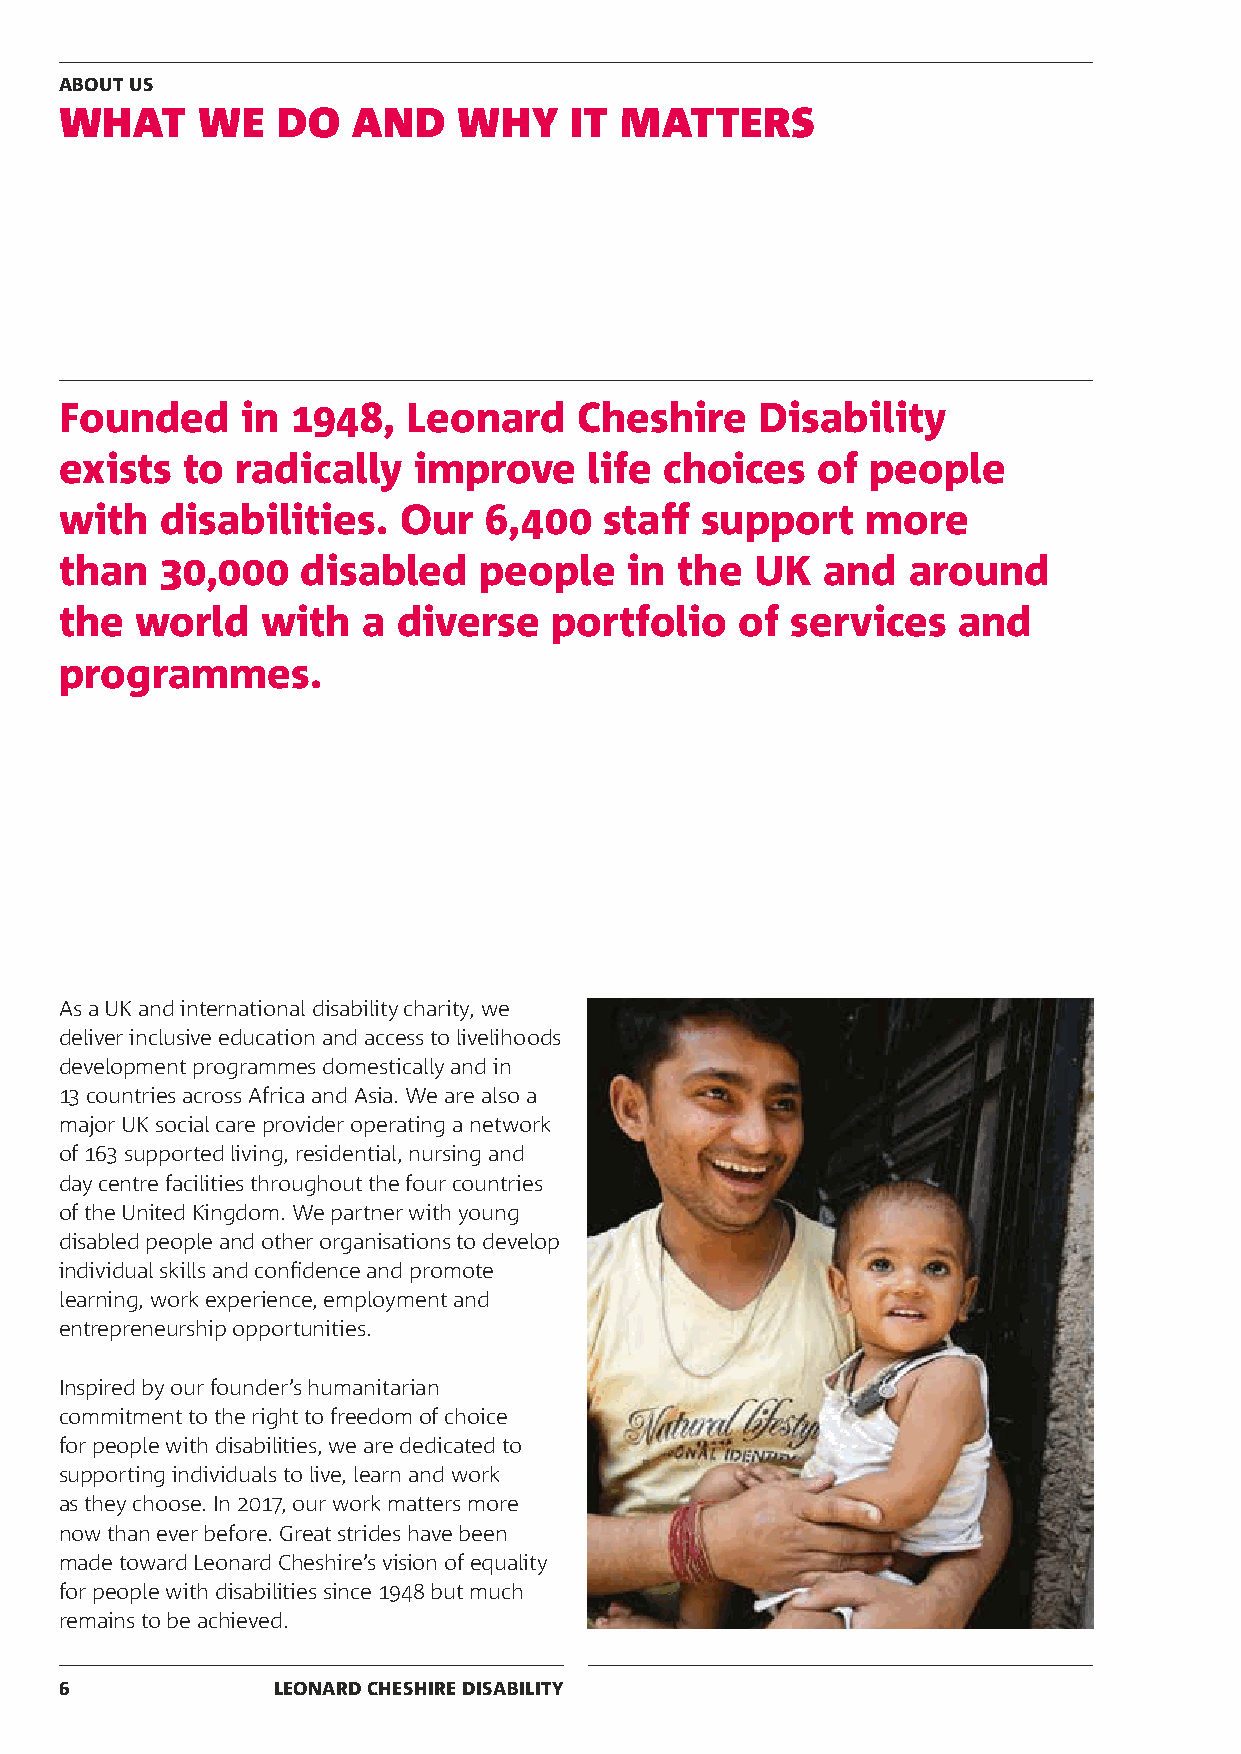
ABOUT US
 WHAT     WE   DO   AND    WHY     IT MATTERS
 Founded     in 1948,   Leonard    Cheshire    Disability
 exists  to  radically  improve     life choices   of  people
 with   disabilities.  Our   6,400   staff support    more
 than   30,000   disabled    people    in the  UK  and   around
 the  world   with   a diverse    portfolio   of services   and
 programmes.
 As a UK and international disability charity, we
 deliver inclusive education and access to livelihoods
 development programmes domestically and in
 13 countries across Africa and Asia. We are also a
 major UK social care provider operating a network
 of 163 supported living, residential, nursing and
 day centre facilities throughout the four countries
 of the United Kingdom. We partner with young
 disabled people and other organisations to develop
 individual skills and confidence and promote
 learning, work experience, employment and
 entrepreneurship opportunities.
 Inspired by our founder’s humanitarian
 commitment to the right to freedom of choice
 for people with disabilities, we are dedicated to
 supporting individuals to live, learn and work
 as they choose. In 2017, our work matters more
 now than ever before. Great strides have been
 made toward Leonard Cheshire’s vision of equality
 for people with disabilities since 1948 but much
 remains to be achieved.
 6             LEONARD CHESHIRE DISABILITY